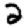
Digit: 2